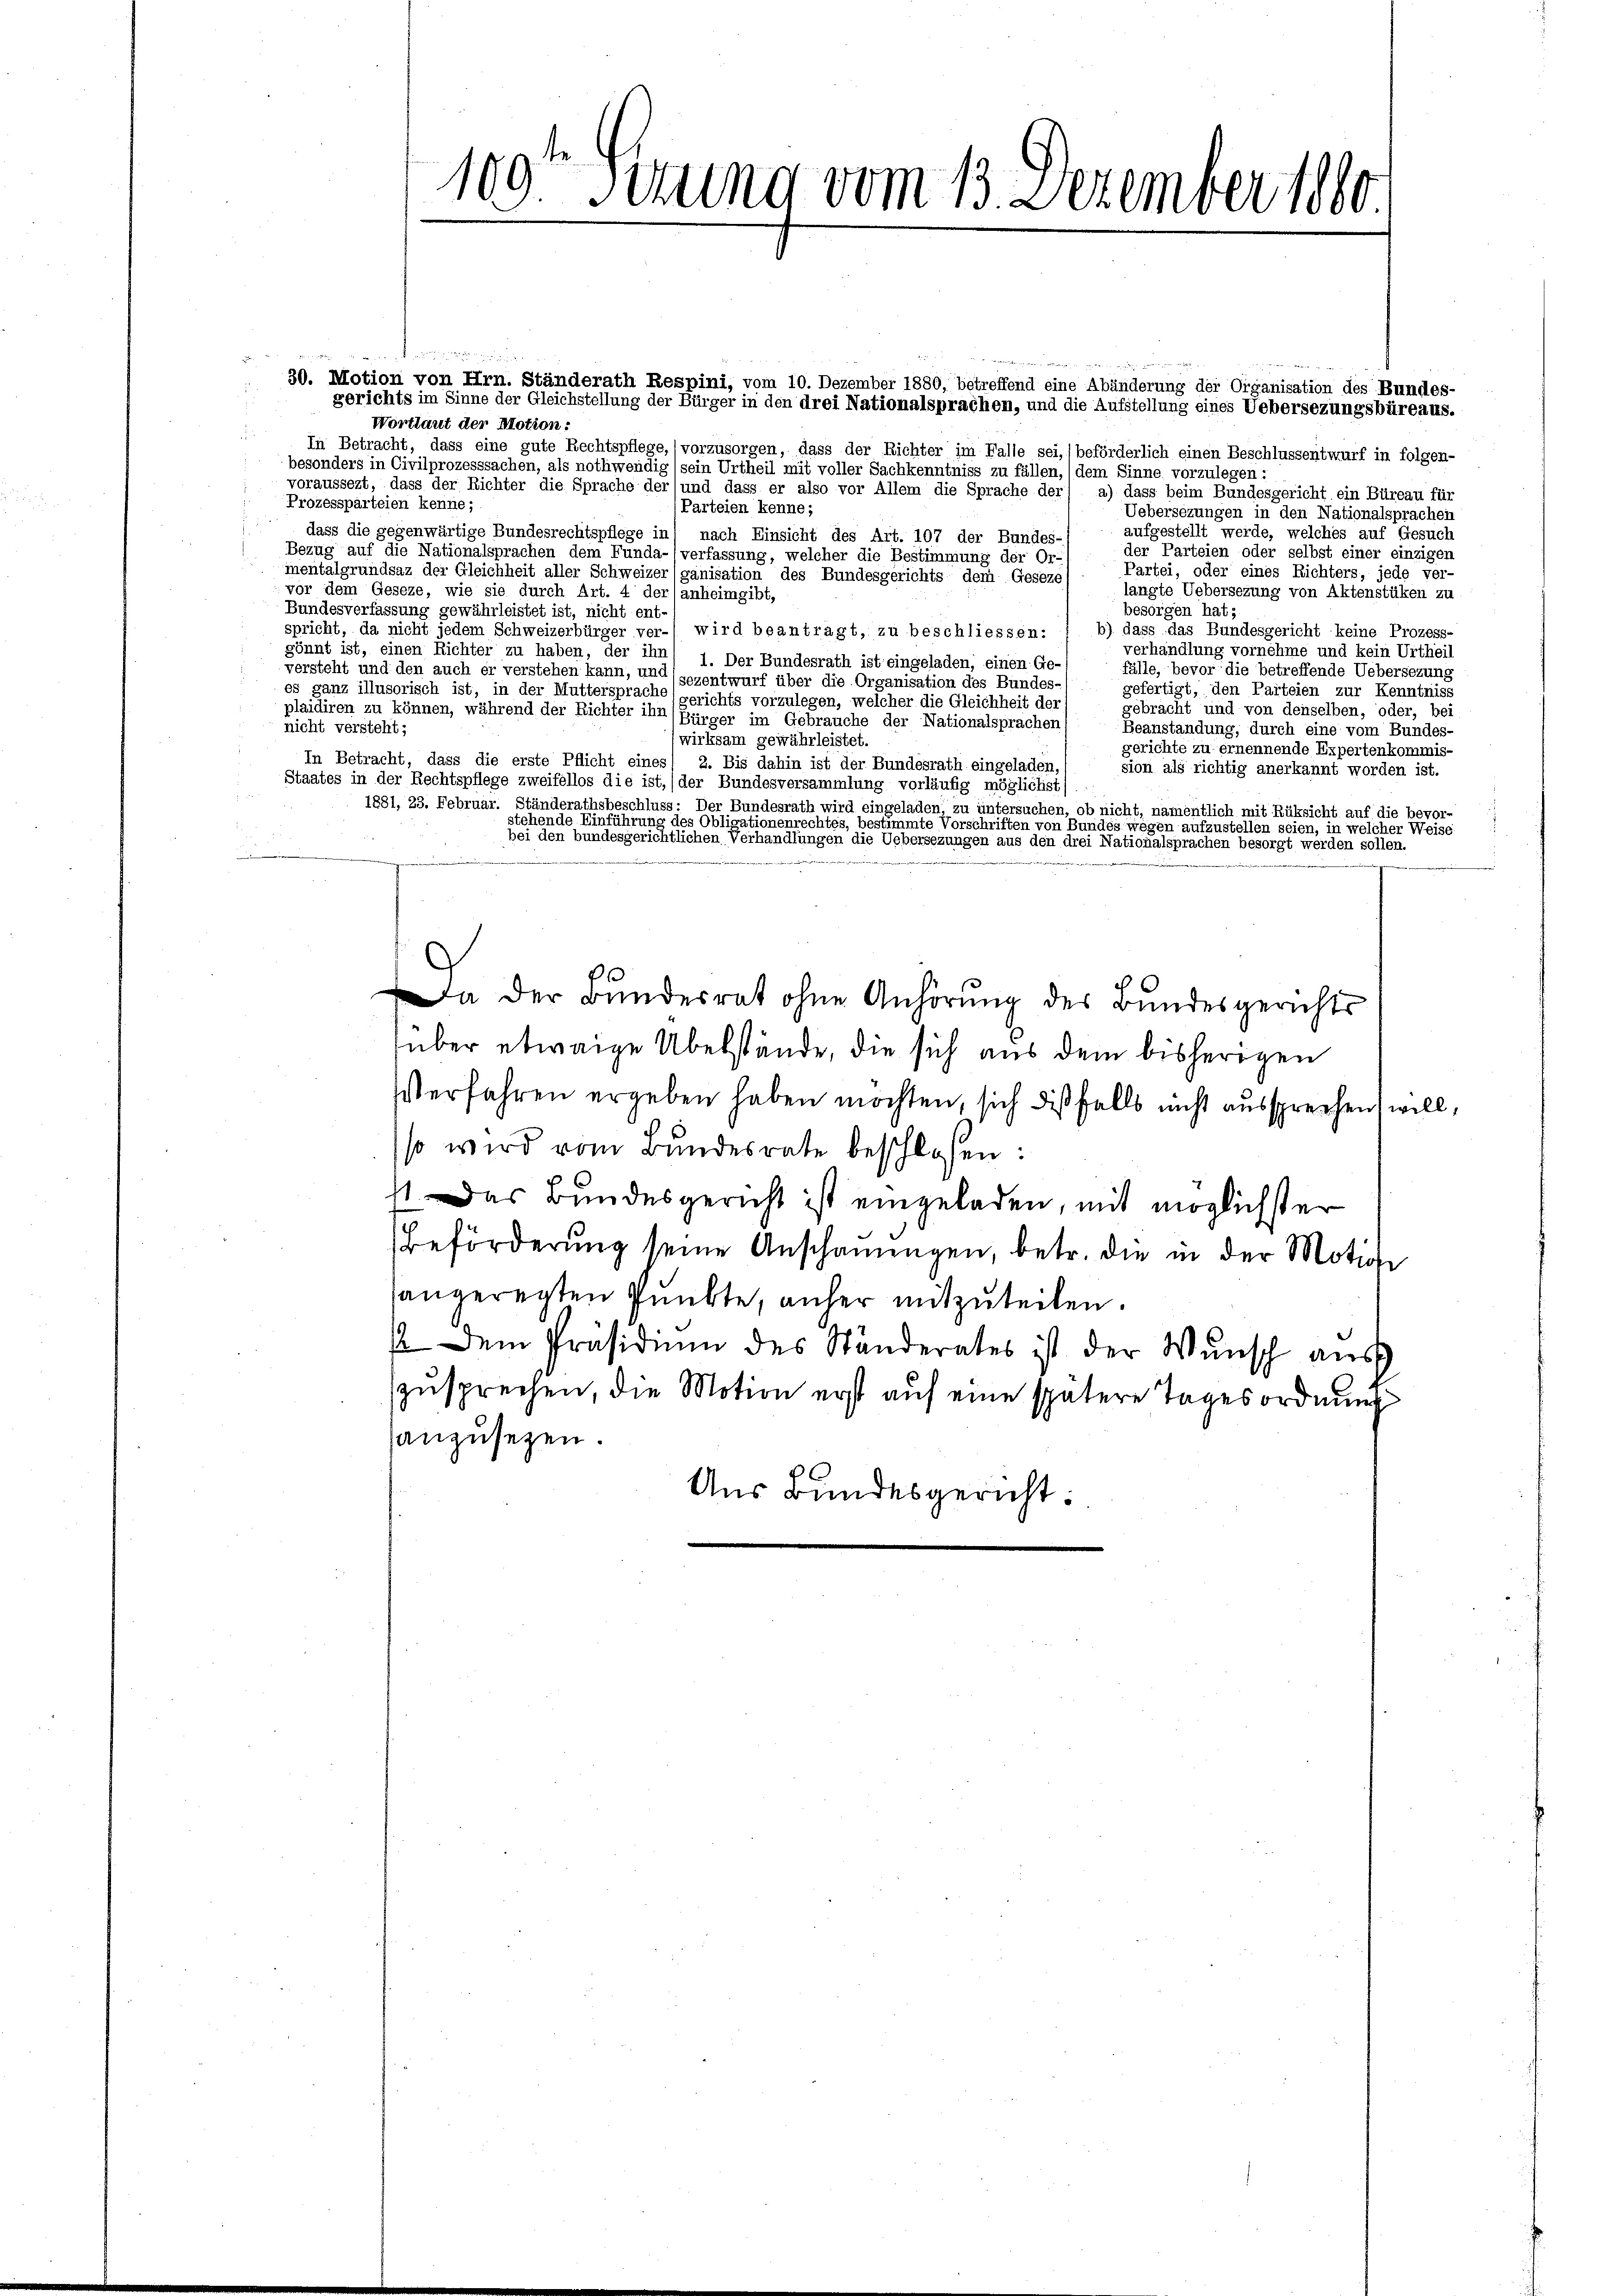
109. Sitzung vom 13. Dezember 1880.

Bei
30. Motion von Hrn. Ständerath Respini, vom 10. Dezember 1880, betreffend eine Abänderung der Organisation des Bundes-
gerichts im Sinne der Gleichstellung der Bürger in den drei Nationalsprachen, und die Aufstellung eines Uebersezungsbüreaus.
Wortlaut der Motion:
In Betracht, dass eine gute Rechtspflege, (vorzusorgen, dass der Richter im Falle sei, beförderlich einen Beschlussentwurf in folgen-
besonders in Civilprozesssachen, als nothwendig (sein Urtheil mit voller Sachkenntniss zu fällen,) dem Sinne vorzulegen:
voraussezt, dass der Richter die Sprache der (und dass er also vor Allem die Sprache der a) dass beim Bundesgericht ein Büreau für
Prozessparteien kenne;
(Parteien kenne;
Uebersezungen in den Nationalsprachen
aufgestellt werde, welches auf Gesuch
dass die gegenwärtige Bundesrechtspflege in nach Einsicht des Art. 107 der Bundes-
der Parteien oder selbst einer einzigen
Bezug auf die Nationalsprachen dem Funda-(verfassung, welcher die Bestimmung der Or-
Partei, oder eines Richters, jede ver-
ientalgrundsaz der Gleichheit aller Schweizer (ganisation des Bundesgerichts dem Gesezes
langte Uebersezung von Aktenstüken zu
vor dem Geseze, wie sie durch Art. 4 der anheimgibt,
Bundesverfassung gewährleistet ist, nicht ent-
besorgen hat;
spricht, da nicht jedem Schweizerbürger ver- wird beantragt, zu beschliessen: 1 b) dass das Bundesgericht keine Prozess-
verhandlung vornehme und kein Urtheil
gönnt ist, einen Richter zu haben, der ihn 1. Der Bundesrath ist eingeladen, einen Ge-
fälle, bevor die betreffende Uebersezung
versteht und den auch er verstehen kann, und sezentwurf über die Organisation des Bundes-
gefertigt, den Parteien zur Kenntniss
es ganz illusorisch ist, in der Muttersprache gerichts vorzulegen, welcher die Gleichheit der
gebracht und von denselben, oder, bei
plaidiren zu können, während der Richter ihn (Bürger im Gebrauche der Nationalsprachen/
nicht versteht;
Beanstandung, durch eine vom Bundes-
wirksam gewährleistet.
gerichte zu ernennende Expertenkommis-
In Betracht, dass die erste Pflicht eines 2. Bis dahin ist der Bundesrath eingeladen,
sion als richtig anerkannt worden ist.
Staates in der Rechtspflege zweifellos die ist, (der Bundesversammlung vorläufig möglichst
1881, 23. Februar. Ständerathsbeschluss: Der Bundesrath wird eingeladen zu untersuchen, ob nicht, namentlich mit Rüksicht auf die bevor-
stehende Einführung des Obligationenrechtes, bestimmte Vorschriften von Bundes wegen aufzustellen seien, in welcher Weise
bei den bundesgerichtlichen Verhandlungen die Uebersezungen aus den drei Nationalsprachen besorgt werden sollen.
e
Da der Bundesrat ohne Anhörung des Bundesgerichts
über etwaige Übelstande, die sich aus dem bisherigen
Verfahren ergeben haben möchten, sich dißfalls nicht aussprechen will,
so wird vom Bundesrate beschloßen:
11. Das Bundesgericht ist eingeladen, mit möglichster
Beförderung seine Anschauungen, betr. die in der Motion
sangereiten Punkte, unser mitzuteilen.
/ dem Präsidiŭm des Ständerates ist der Wŭnsch aus
szusprechen, die Motion erst auf eine spätere Tagesordnung
anzusetzen.
Aus Bundesgericht: